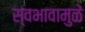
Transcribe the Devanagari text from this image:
स्वभावामुळें